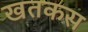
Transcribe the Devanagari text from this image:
खतकस